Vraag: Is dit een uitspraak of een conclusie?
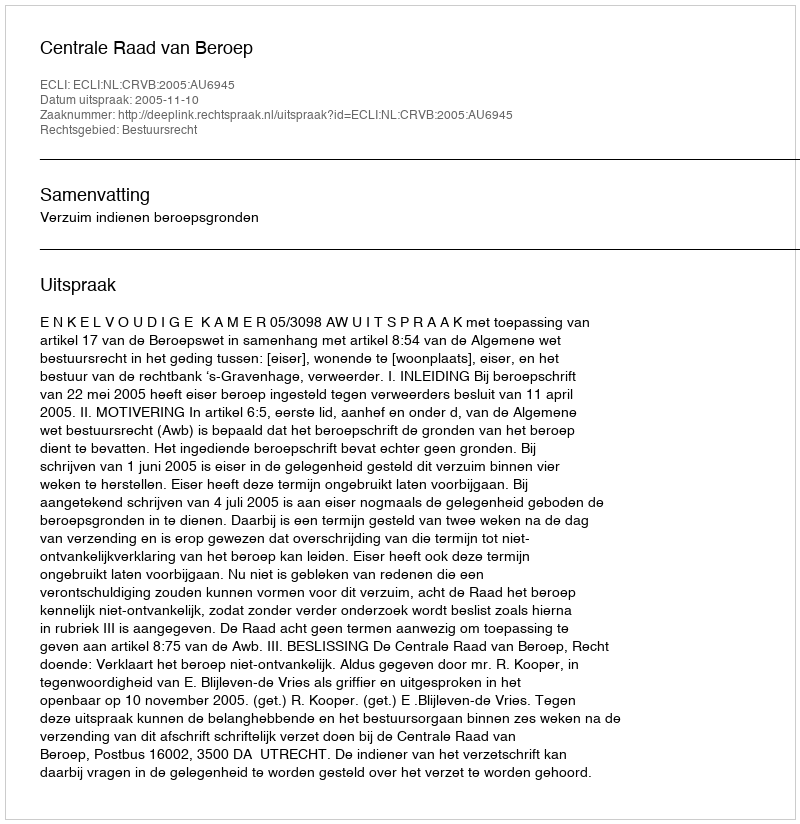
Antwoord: Uitspraak